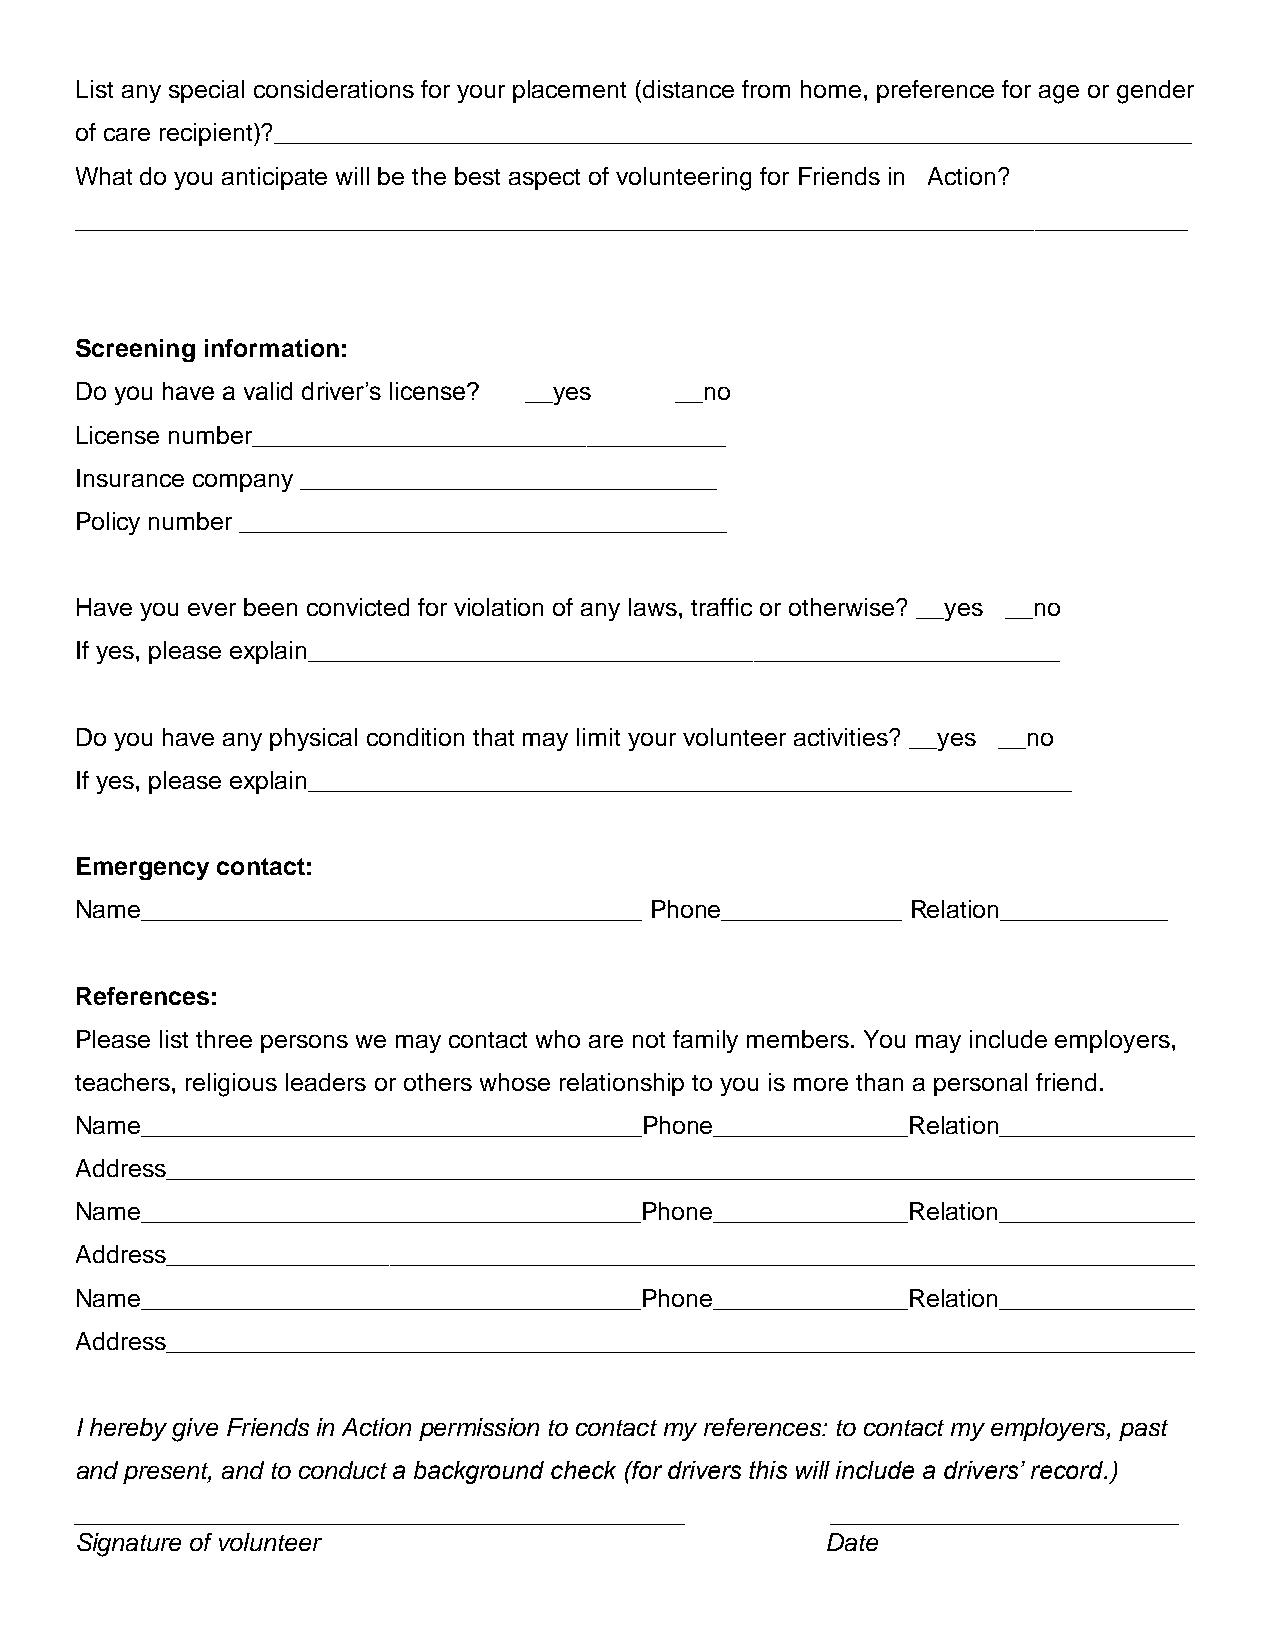
List any special considerations for your placement (distance from home, preference for age or gender
 of care recipient)?__________________________________________________________________
 What do you anticipate will be the best aspect of volunteering for Friends in Action?
 ________________________________________________________________________________
 Screening information:
 Do you have a valid driver’s license? __yes __no
 License number__________________________________
 Insurance company ______________________________
 Policy number ___________________________________
 Have you ever been convicted for violation of any laws, traffic or otherwise? __yes __no
 If yes, please explain______________________________________________________
 Do you have any physical condition that may limit your volunteer activities? __yes __no
 If yes, please explain_______________________________________________________
 Emergency contact:
 Name____________________________________ Phone_____________ Relation____________
 References:
 Please list three persons we may contact who are not family members. You may include employers,
 teachers, religious leaders or others whose relationship to you is more than a personal friend.
 Name____________________________________Phone______________Relation______________
 Address__________________________________________________________________________
 Name____________________________________Phone______________Relation______________
 Address__________________________________________________________________________
 Name____________________________________Phone______________Relation______________
 Address__________________________________________________________________________
 I hereby give Friends in Action permission to contact my references: to contact my employers, past
 and present, and to conduct a background check (for drivers this will include a drivers’ record.)
 ____________________________________________      _________________________
 Signature of volunteer                            Date